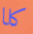
كلا